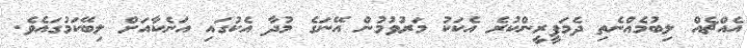
އެއްޗެއް ލިބުމެއްނެތި ދެމަފީރީންކުރެ އެކަކު މަރުވުމުން އޭނަގެ މުދާ އެކުގައި އަނެކާއަށް ލިބޭކަމުގައެވެ.